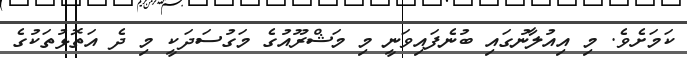
ކަމަށެވެ. މި އިއުލާނުގައި ބުނެފައިވަނީ މި މަޝްރޫއުގެ މަގުސަދަކީ މި ދެ އަތޮޅުތަކުގެ